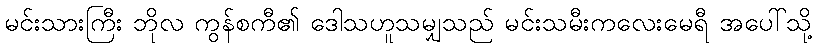
မင်းသားကြီး ဘိုလ ကွန်စကီ၏ ဒေါသဟူသမျှသည် မင်းသမီးကလေးမေရီ အပေါ်သို့